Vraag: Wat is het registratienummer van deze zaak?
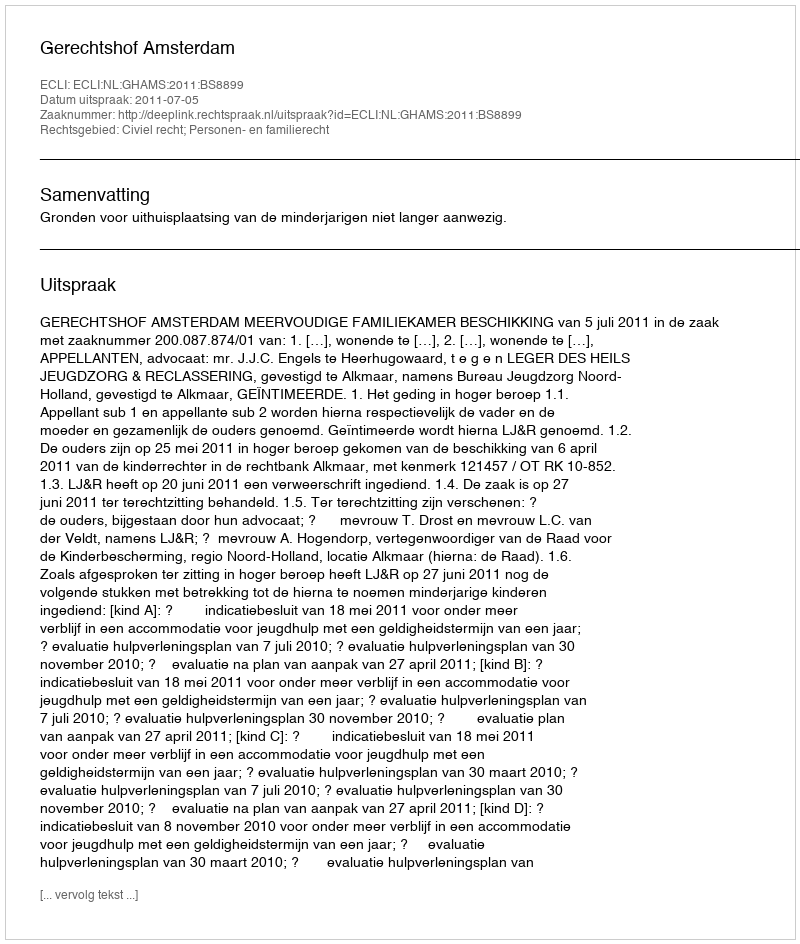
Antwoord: http://deeplink.rechtspraak.nl/uitspraak?id=ECLI:NL:GHAMS:2011:BS8899